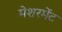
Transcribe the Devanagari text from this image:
मेशरमेंट